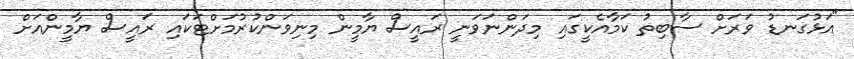
"އަޅުގަނޑު ވަރަށް ސާބިތު ކަމާއެކީގައި މިދަންނަވަނީ ރައީސް ޔާމީން މިނިވަންކުރުމަށްޓަކައި ރައީސް ޔާމީންއަށް